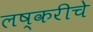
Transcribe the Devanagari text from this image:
लष्करीचे